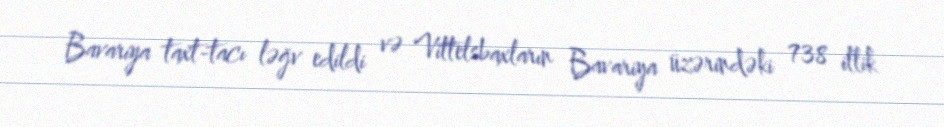
Bavariya taxt-tacı ləğv edildi və Vittelsbaxların Bavariya üzərindəki 738 illik